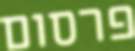
פרסום